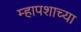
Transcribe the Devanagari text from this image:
म्हापशाच्या